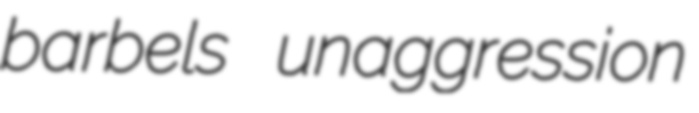
barbels unaggression